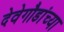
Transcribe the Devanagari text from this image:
देवेगौडांच्या